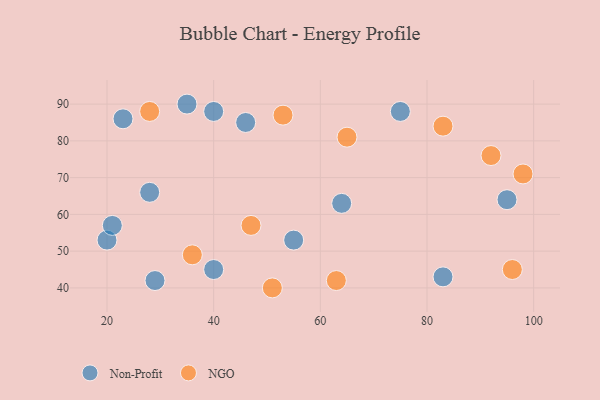
{"axis": {"x": "GDP", "y": "Life Expectancy"}, "legend": ["NGO", "Non-Profit"], "data": [{"x": "46", "y": 85, "type": "Non-Profit"}, {"x": "29", "y": 42, "type": "Non-Profit"}, {"x": "23", "y": 86, "type": "Non-Profit"}, {"x": "83", "y": 43, "type": "Non-Profit"}, {"x": "35", "y": 90, "type": "Non-Profit"}, {"x": "64", "y": 63, "type": "Non-Profit"}, {"x": "20", "y": 53, "type": "Non-Profit"}, {"x": "55", "y": 53, "type": "Non-Profit"}, {"x": "21", "y": 57, "type": "Non-Profit"}, {"x": "40", "y": 45, "type": "Non-Profit"}, {"x": "40", "y": 88, "type": "Non-Profit"}, {"x": "28", "y": 66, "type": "Non-Profit"}, {"x": "75", "y": 88, "type": "Non-Profit"}, {"x": "95", "y": 64, "type": "Non-Profit"}, {"x": "28", "y": 88, "type": "NGO"}, {"x": "98", "y": 71, "type": "NGO"}, {"x": "51", "y": 40, "type": "NGO"}, {"x": "65", "y": 81, "type": "NGO"}, {"x": "47", "y": 57, "type": "NGO"}, {"x": "96", "y": 45, "type": "NGO"}, {"x": "92", "y": 76, "type": "NGO"}, {"x": "53", "y": 87, "type": "NGO"}, {"x": "36", "y": 49, "type": "NGO"}, {"x": "83", "y": 84, "type": "NGO"}, {"x": "63", "y": 42, "type": "NGO"}]}